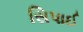
સિપાઈ